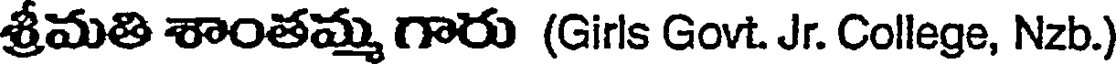
శ్రీమతి శాంతమ్మ గారు (Girls Govt. Jr. College, Nzb.)